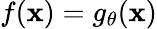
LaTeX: f(\mathbf{x})=g_{\theta}(\mathbf{x})